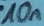
Text: 10n